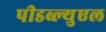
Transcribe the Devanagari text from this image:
पीडब्ल्युएल